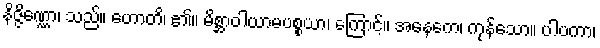
နိဇ္ဇိဏ္ဏော၊ သည်။ ဟောတိ၊ ၏။ မိစ္ဆာဝါယာမပစ္စယာ၊ ကြောင့်။ အနေကေ၊ ကုန်သော။ ပါပကာ၊